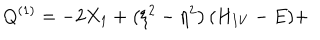
Q ^ { ( 1 ) } = - 2 X _ { 1 } + \left( \xi ^ { 2 } - \eta ^ { 2 } \right) ( H _ { I V } - E ) +